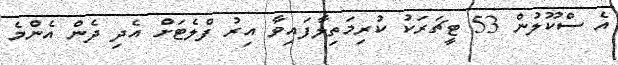
އެ ސްކޫލުން 53 ޓީޗަރަކު ކުރިމަތިލާފައިވާ އިރު ފްލެޓަށް އެދި ދެން އެންމެ